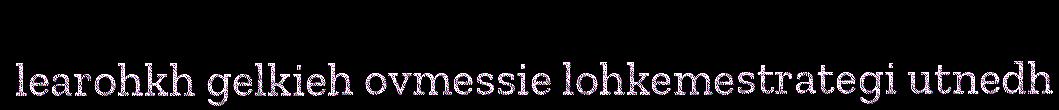
learohkh gelkieh ovmessie lohkemestrategi utnedh